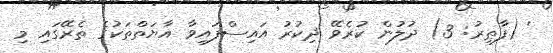
' (ފާޠިރު: 3) ދުލުން ކުރެވޭ ޛިކުރު އައިސްފައިވާ އާޔަތްތަކުގެ ތެރޭގައި މި